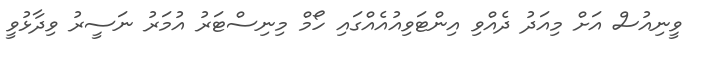
ވީނިއުސް އަށް މިއަދު ދެއްވި އިންޓަވިއުއެއްގައި ހޯމް މިނިސްޓަރު އުމަރު ނަސީރު ވިދާޅުވީ